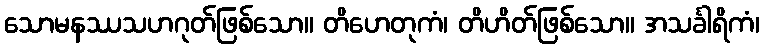
သောမနဿသဟဂုတ်ဖြစ်သော။ တိဟေတုကံ၊ တိဟိတ်ဖြစ်သော။ အသင်္ခါရိကံ၊